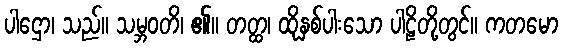
ပါဌော၊ သည်။ သမ္ဘဝတိ၊ ၏။ တတ္ထ၊ ထိုနှစ်ပါးသော ပါဠိတို့တွင်။ ကတမော